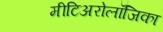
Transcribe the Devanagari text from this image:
मीटिअरोलॉजिका